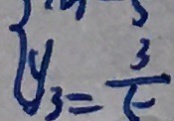
y _ { 3 } = \frac { 3 } { 5 }